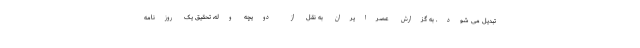
تبدیل می شود. به گزارش عصرایران به نقل از دویچه وله، تحقیق یک روزنامه